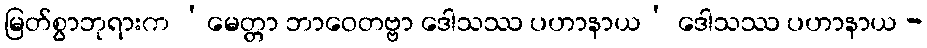
မြတ်စွာဘုရားက ‘မေတ္တာ ဘာဝေတဗ္ဗာ ဒေါသဿ ပဟာနာယ’ ဒေါသဿ ပဟာနာယ -